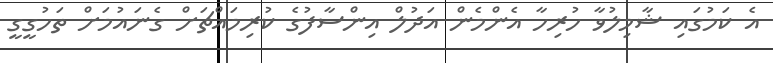
އެ ކަމުގައި ޝާމިލުވާ ހުރިހާ އެންމެން އަދުލް އިންސާފުގެ ކުރިމައްޗަށް ގެނައުމަށް ތަހުގީގީ